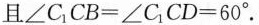
且 $$∠ C _ { 1 } C B = ∠ C _ { 1 } C D = 6 0 °$$ .